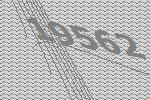
19562